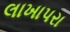
લાખાપરા